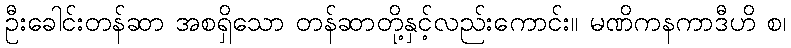
ဦးခေါင်းတန်ဆာ အစရှိသော တန်ဆာတို့နှင့်လည်းကောင်း။ မဏိကနကာဒီဟိ စ၊